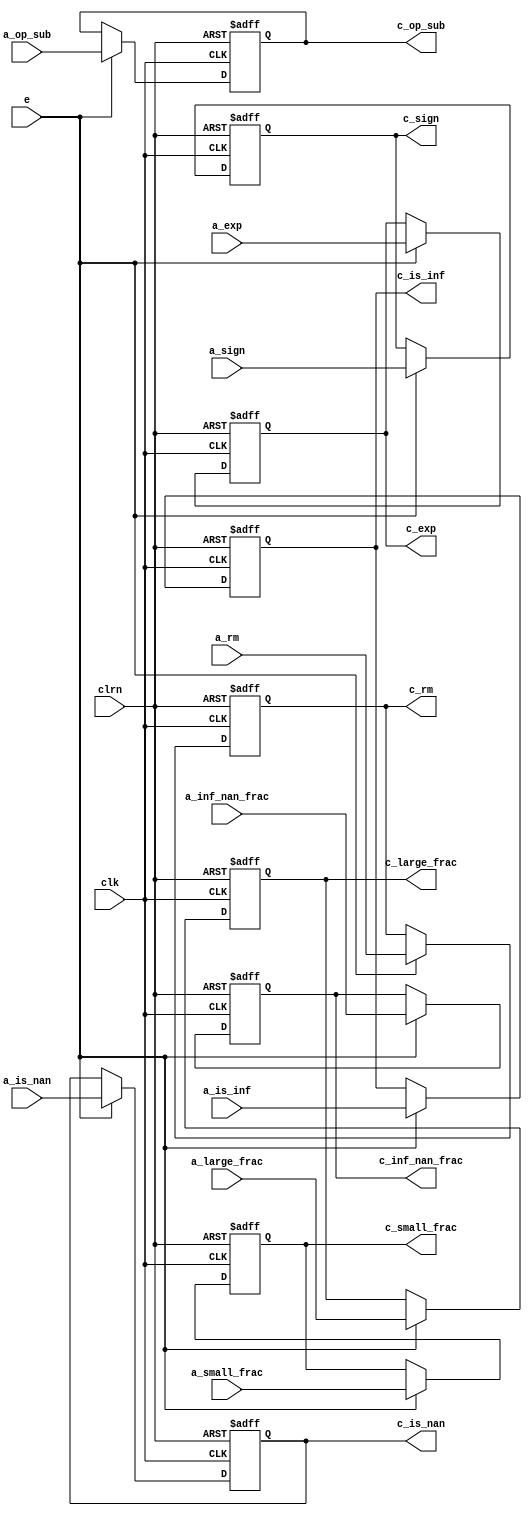
/************************************************
  The Verilog HDL code example is from the book
  Computer Principles and Design in Verilog HDL
  by Yamin Li, published by A JOHN WILEY & SONS
************************************************/
module reg_align_cal (a_rm,a_is_nan,a_is_inf,a_inf_nan_frac,a_sign,a_exp,
                      a_op_sub,a_large_frac,a_small_frac,clk,clrn,e,c_rm,
                      c_is_nan,c_is_inf,c_inf_nan_frac,c_sign,c_exp,
                      c_op_sub,c_large_frac,c_small_frac);  // pipeline regs
    input      [26:0] a_small_frac;
    input      [23:0] a_large_frac;
    input      [22:0] a_inf_nan_frac;
    input       [7:0] a_exp;
    input       [1:0] a_rm;
    input             a_is_nan, a_is_inf, a_sign, a_op_sub;
    input             e;                                  // e: enable
    input             clk, clrn;                          // clock and reset
    output reg [26:0] c_small_frac;
    output reg [23:0] c_large_frac;
    output reg [22:0] c_inf_nan_frac;
    output reg  [7:0] c_exp;
    output reg  [1:0] c_rm;
    output reg        c_is_nan,c_is_inf,c_sign,c_op_sub;
    always @ (posedge clk or negedge clrn) begin
        if (!clrn) begin
            c_rm           <= 0;
            c_is_nan       <= 0;
            c_is_inf       <= 0;
            c_inf_nan_frac <= 0;
            c_sign         <= 0;
            c_exp          <= 0;
            c_op_sub       <= 0;
            c_large_frac   <= 0;
            c_small_frac   <= 0;
        end else if (e) begin
            c_rm           <= a_rm;
            c_is_nan       <= a_is_nan;
            c_is_inf       <= a_is_inf;
            c_inf_nan_frac <= a_inf_nan_frac;
            c_sign         <= a_sign;
            c_exp          <= a_exp;
            c_op_sub       <= a_op_sub;
            c_large_frac   <= a_large_frac;
            c_small_frac   <= a_small_frac;
        end
    end
endmodule